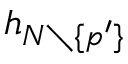
h _ { N \setminus \{ p ^ { \prime } \} }